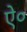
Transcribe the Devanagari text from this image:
ऐ०